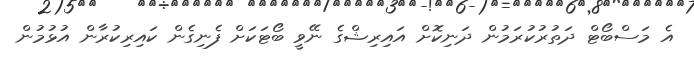
އެ މަސްބޯޓް ދަތުރުކުރަމުން ދަނިކޮށް އައިރިޝްގެ ނޭވީ ބޯޓަކަށް ފެނިގެން ކައިރިކުރާން އުޅުމުން